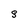
Character: S